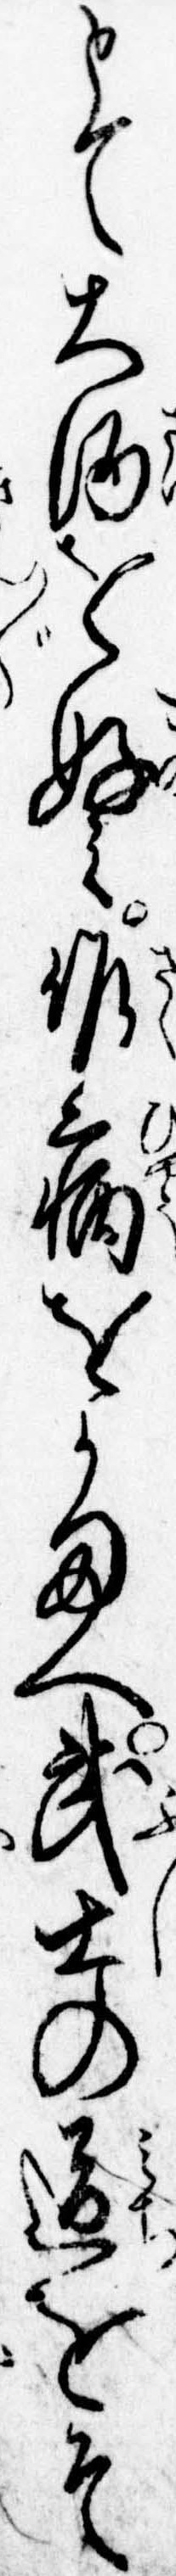
とて大酒を好み作病をかまへ武士の道をそ